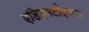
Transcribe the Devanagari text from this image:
एडिएनटोइड्स